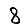
Digit: 8